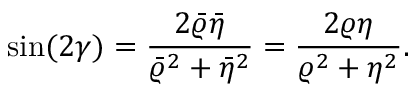
\sin ( 2 \gamma ) = \frac { 2 \bar { \varrho } \bar { \eta } } { \bar { \varrho } ^ { 2 } + \bar { \eta } ^ { 2 } } = \frac { 2 \varrho \eta } { \varrho ^ { 2 } + \eta ^ { 2 } } .